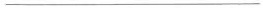
___